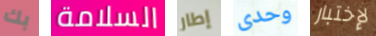
بك السلامة إطار وحدى لإختبار